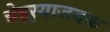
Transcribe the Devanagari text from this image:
चेहर्‍याजवळ